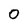
Character: 0